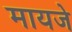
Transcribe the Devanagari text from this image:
मायजे